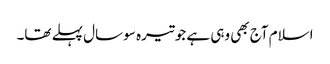
اسلام آج بھی وہی ہے جو تیرہ سو سال پہلے تھا۔